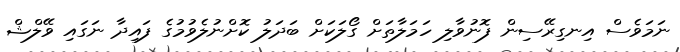
ނަމަވެސް އިނގިރޭސިން ފޮނުވާލި ހަމަލާތަށް ގޯލަކަށް ބަދަލު ކޮށްނުލެވުމުގެ ފައިދާ ނަގައި ވޭލްޝް